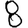
Digit: 8